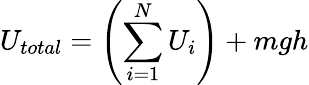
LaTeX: U_{total}=\left(\sum_{i=1}^{N}U_{i}\right)+mgh